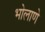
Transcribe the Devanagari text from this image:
भोलाणे